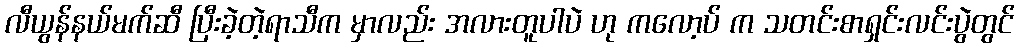
လီယွန်နယ်မက်ဆီ ပြီးခဲ့တဲ့ရာသီက မှာလည်း အလားတူပါပဲ ဟု ကလော့ပ် က သတင်းစာရှင်းလင်းပွဲတွင်